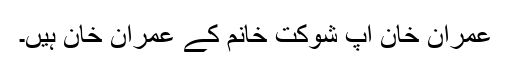
عمران خان آپ شوکت خانم کے عمران خان ہیں۔